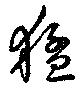
猛